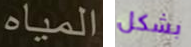
المياه بشكل